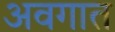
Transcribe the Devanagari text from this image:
अवगात